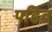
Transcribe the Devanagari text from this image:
पहिव